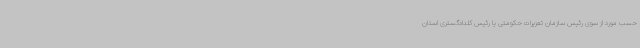
حسب مورد از سوی رئیس سازمان تعزیرات حکومتی یا رئیس کلدادگستری استان